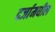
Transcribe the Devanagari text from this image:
दर्जामधील